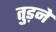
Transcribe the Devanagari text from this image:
तुड़ने